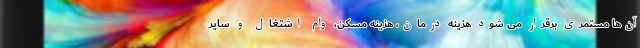
آن‌ها مستمری برقرار می شود هزینه درمان، هزینه مسکن، وام اشتغال و سایر